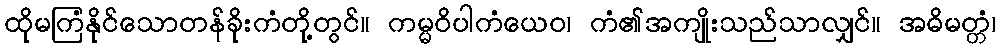
ထိုမကြံနိုင်သောတန်ခိုးကံတို့တွင်။ ကမ္မဝိပါကံယေဝ၊ ကံ၏အကျိုးသည်သာလျှင်။ အဓိမတ္တံ၊